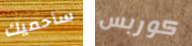
سأحميك كوربس